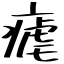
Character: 瘧